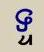
ទ្ទ